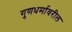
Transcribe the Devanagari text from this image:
गुणधर्मावरील